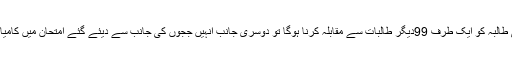
لیکن، اس مرحلے تک پہنچنا اتنا آسان نہیں ہوگا‘ جیتنے والی طالبہ کو ایک طرف 99دیگر طالبات سے مقابلہ کرنا ہوگا تو دوسری جانب انہیں ججوں کی جانب سے دیئے گئے امتحان میں کامیابی کے لئے اپنی پوری صلاحیتوں کو بروئے کار لانا ہوگا ۔